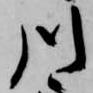
川